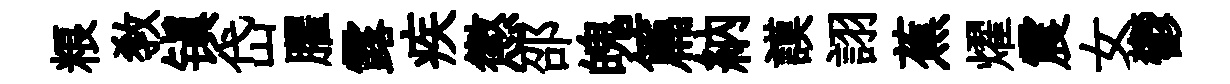
粮教镇岱臞露疾懲邵魄篇納謨詡蕉燿震女鬱